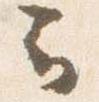
云